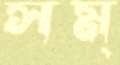
সম্